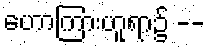
ဟောကြားဟူရာ၌ --